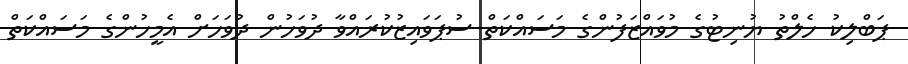
ޕަބްލިކު ހެލްތު ޔުނިޓުގެ މުވައްޒަފުންގެ މަސައްކަތް ސުޕަވައިޒުކުރައްވާ ދުވަހުން ދުވަހަށް އެމީހުންގެ މަސައްކަތް